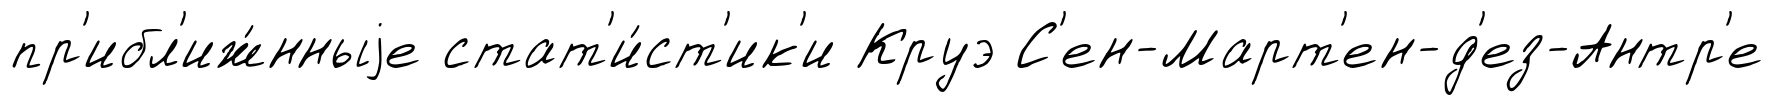
пр'ибл'иж́нныjе стат'и́ст'ик'и Круэ С'ен-Март'ен-д'ез-Антр'е